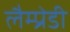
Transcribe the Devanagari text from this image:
लैम्प्रेडी